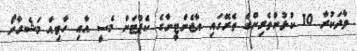
ވާދަކުރާ 10 ކުޅުންތެރިންގެ ތެރޭގައި އާޖެންޓީނާގެ ކެޕްޓަން މެސީ އާއި ހާވިއާ މަޝެރާނޯ